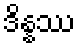
ဒိန္နဿ